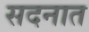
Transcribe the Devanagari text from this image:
सदनात